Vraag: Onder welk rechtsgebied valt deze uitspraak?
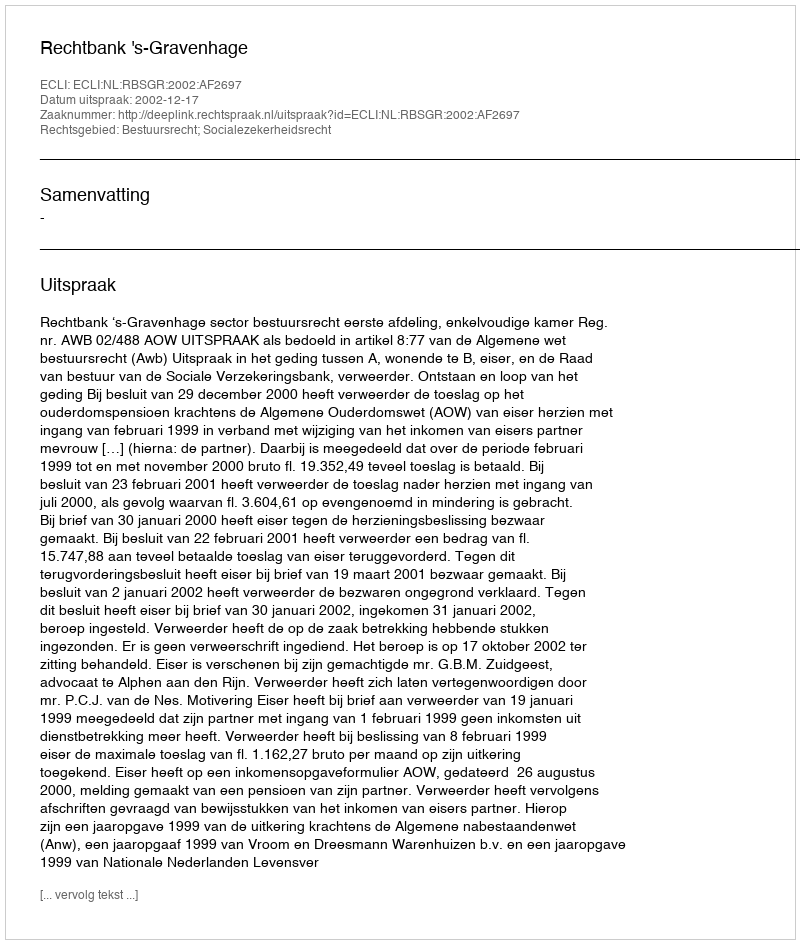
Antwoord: Bestuursrecht; Socialezekerheidsrecht